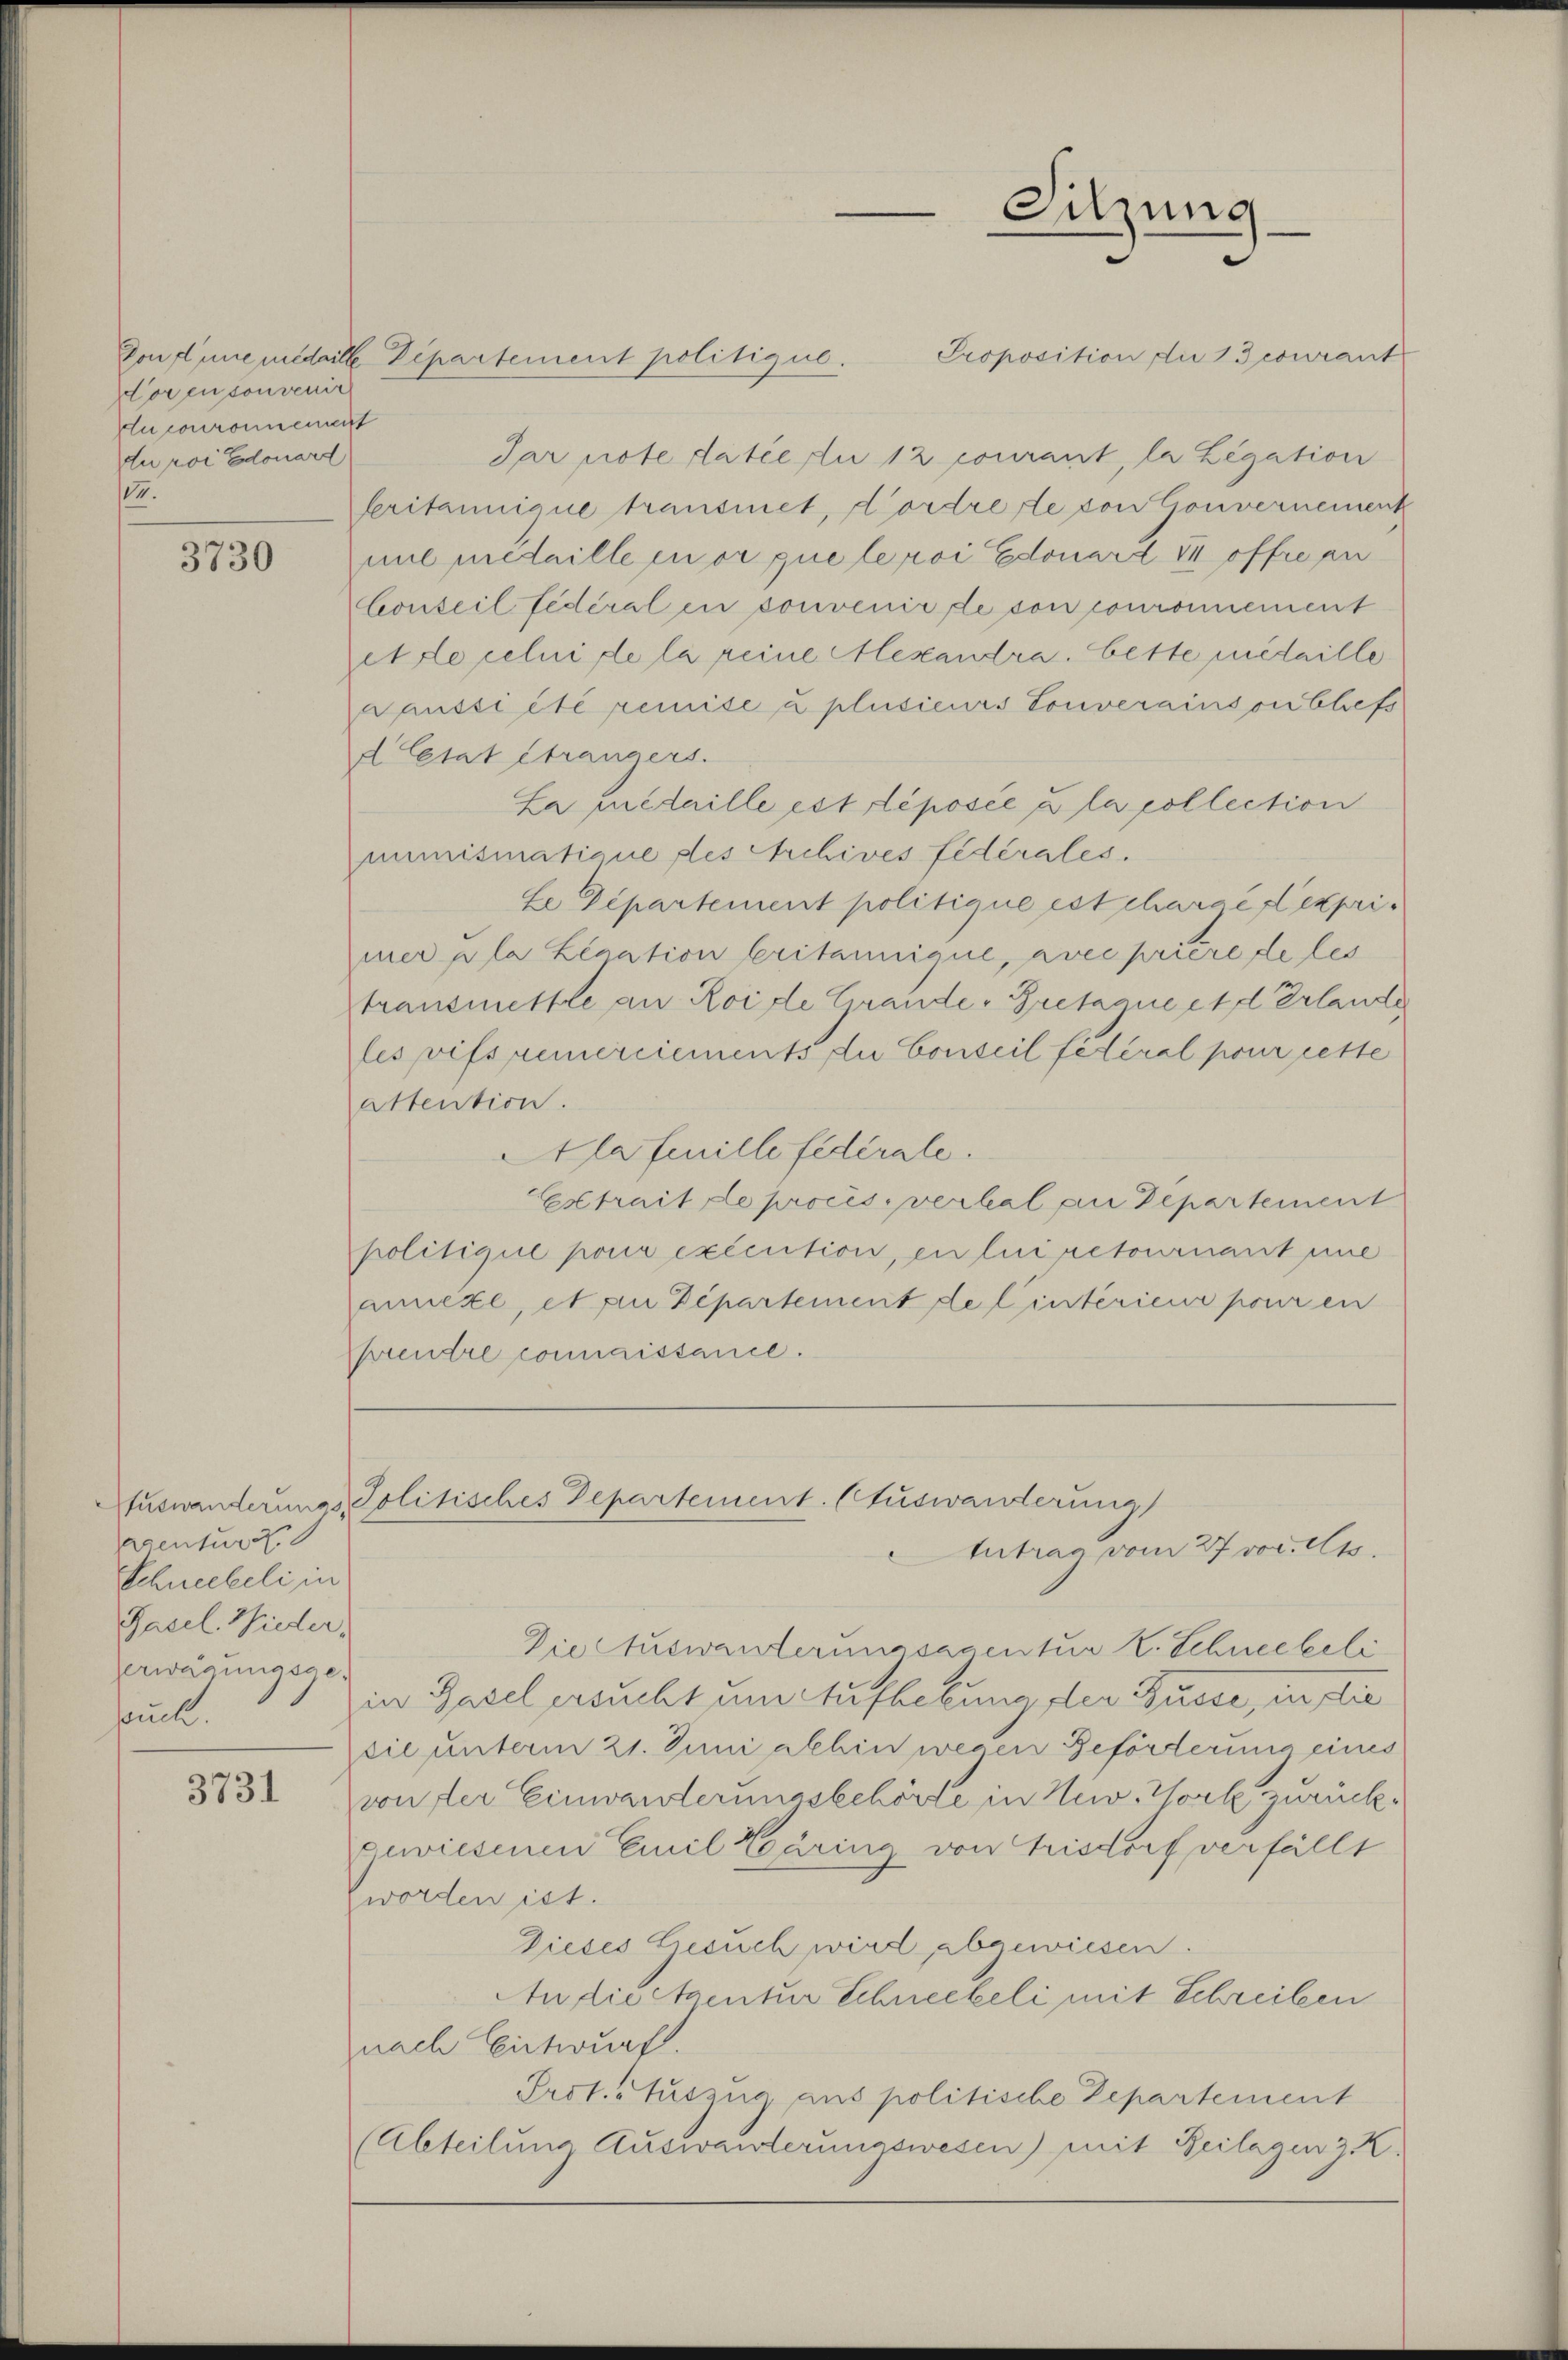
doren sonvenir
Ptuconronnement
du roi Edouard
.

3730

acentur
Schneebeli in
Pasel. Wieder,
erwägungsgefruch.

3731

Proposition die 1 Bcourant
Von fune medaille Departement politique.
Par note datie die 12 courant, la Legation
seritannique transmet, dordre le von Gouvernement
milmedaille in er que le roi Edouard II offe an
Conseil fédéral en convenir de son couronnement
ette celui de la reine Alexandra. bette metaille
aussi été remise u plusieurs Touverainson bliefs
d letzt Strangers.
La metaille est déposée à la collection
mimismatiane des Archives fédérales.
Le Departement politique est charge Lexprimer pla Lination britannique, avec prière de les
transmittle an Roide Grande, Bretagne et Erlande
les vifs remerciements du Conseil fédéral pour cette
attention.
Alafmille fédérale.
Extrait de procis, verhal an Departement
politiquie pour exécution, en lui retournant eine
annexe, et an Departement de Cintérieur pour en
Chrendre connaissance.

Sitzung

Auswanderungs Politisches Departement. Auswandterung
tutrag vom 27 vor. Mts.

Diectuswanderungsagentur K. Schneebeli
in Gasel ersucht um Aufhebung der Busse, in sie
sie unterm 21. Juni alhin wegen Beförderung eines
son der Einwanderungsbehörte in New York zurückgewiesenen Emil Zäring von Frisdorf verfällt
Zworden ist.
Dieses Liesuch wird abgewiesen.
Audiertentur Schneebeli mit Schreiben
nach Entwurf.
Prot. Auszug aus politische Departement
(Abteilung Auswanderungswesen) mit Beilagen 3 K.